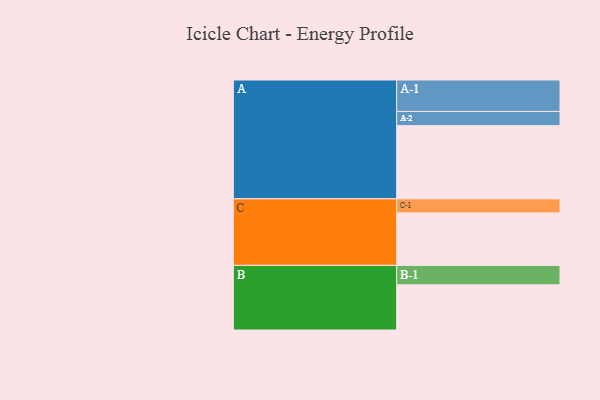
{"axis": {"x": "Segment", "y": "Value"}, "legend": ["", "A", "B", "C"], "data": [{"x": "A", "y": 494, "type": ""}, {"x": "B", "y": 305, "type": ""}, {"x": "C", "y": 354, "type": ""}, {"x": "A-1", "y": 212, "type": "A"}, {"x": "A-2", "y": 96, "type": "A"}, {"x": "B-1", "y": 131, "type": "B"}, {"x": "C-1", "y": 95, "type": "C"}]}